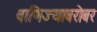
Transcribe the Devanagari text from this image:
वाणिज्याबरोबर